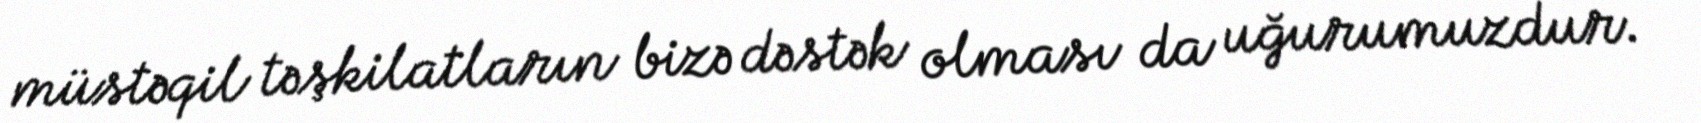
müstəqil təşkilatların bizə dəstək olması da uğurumuzdur.